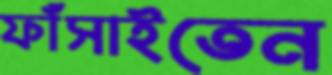
ফাঁসাইতেন